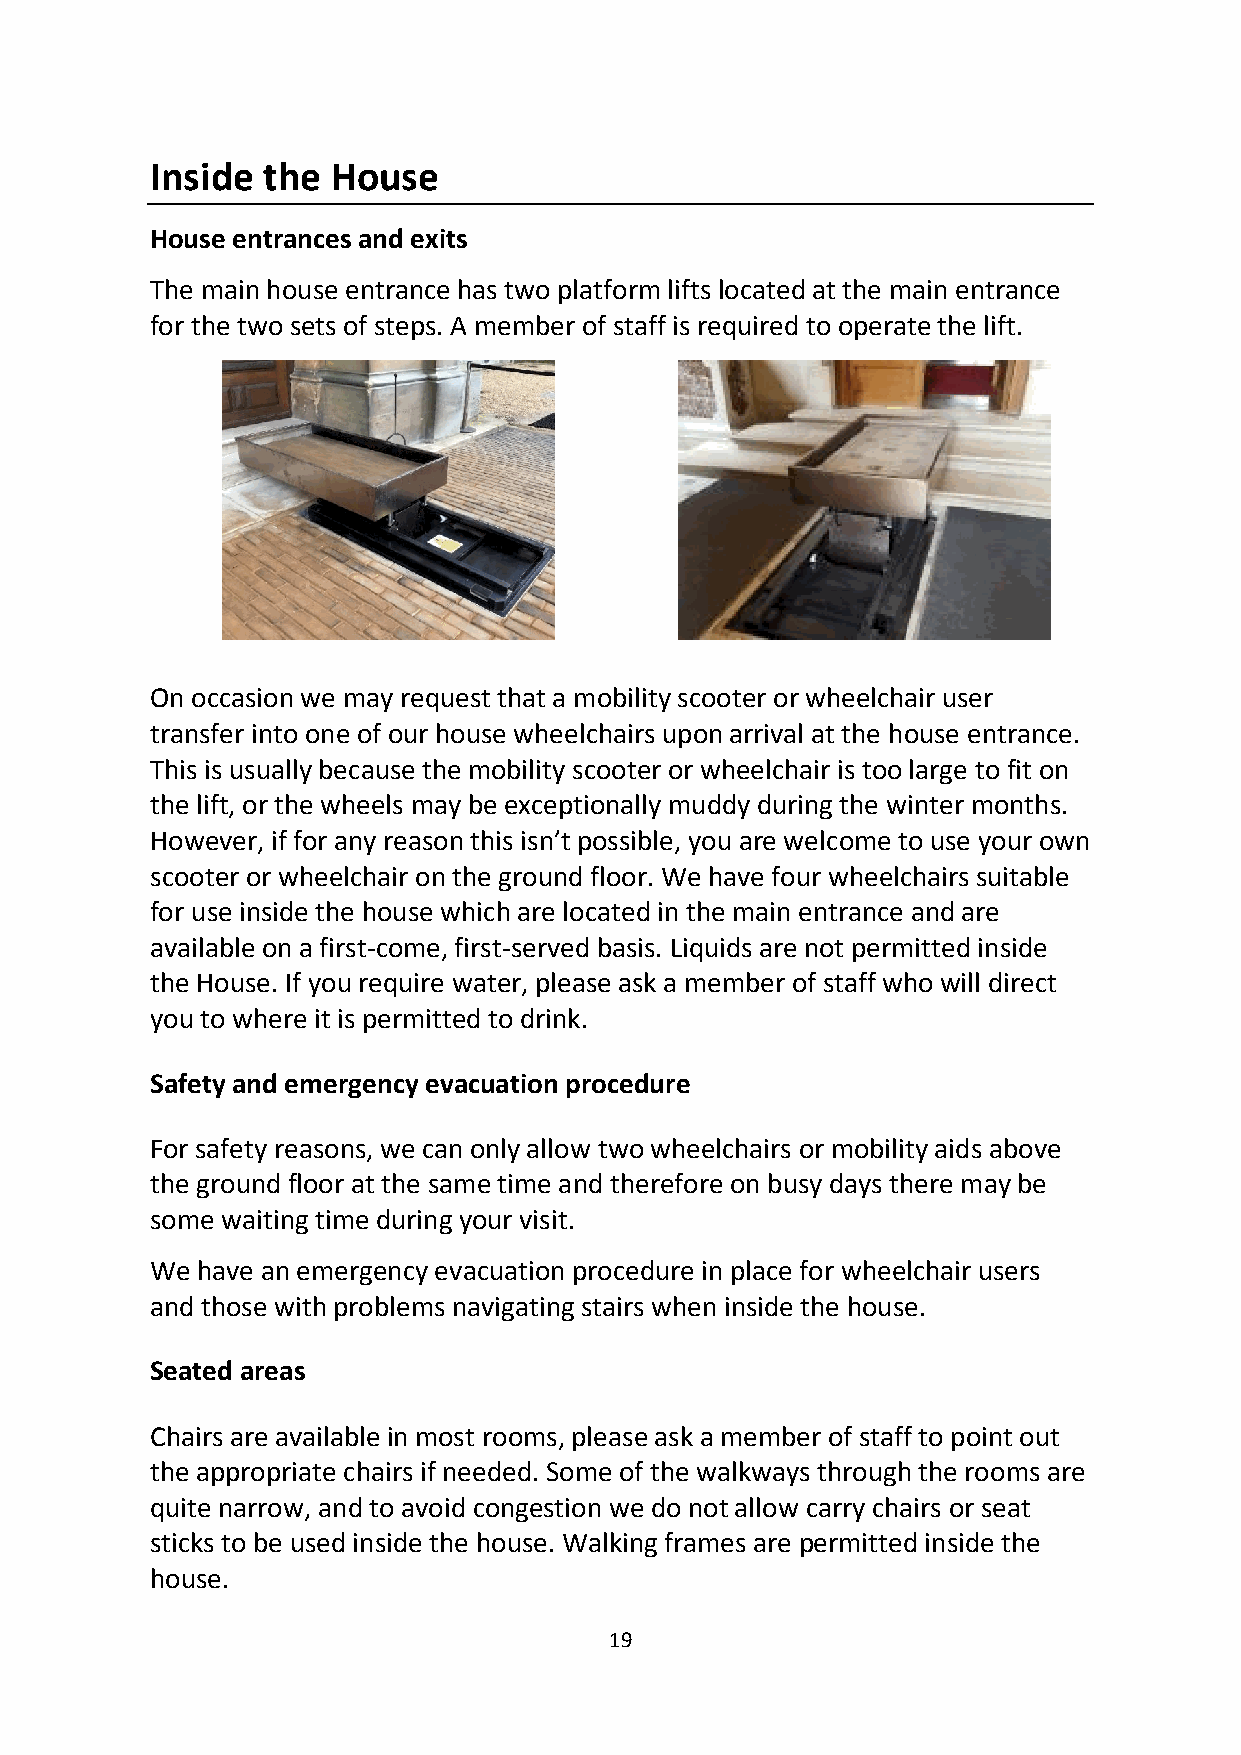
Inside the  House
 House entrances and exits
 The main house entrance has two platform lifts located at the main entrance
 for the two sets of steps. A member of staff is required to operate the lift.
 On occasion we may request that a mobility scooter or wheelchair user
 transfer into one of our house wheelchairs upon arrival at the house entrance.
 This is usually because the mobility scooter or wheelchair is too large to fit on
 the lift, or the wheels may be exceptionally muddy during the winter months.
 However, if for any reason this isn’t possible, you are welcome to use your own
 scooter or wheelchair on the ground floor. We have four wheelchairs suitable
 for use inside the house which are located in the main entrance and are
 available on a first-come, first-served basis. Liquids are not permitted inside
 the House. If you require water, please ask a member of staff who will direct
 you to where it is permitted to drink.
 Safety and emergency evacuation procedure
 For safety reasons, we can only allow two wheelchairs or mobility aids above
 the ground floor at the same time and therefore on busy days there may be
 some waiting time during your visit.
 We have an emergency evacuation procedure in place for wheelchair users
 and those with problems navigating stairs when inside the house.
 Seated areas
 Chairs are available in most rooms, please ask a member of staff to point out
 the appropriate chairs if needed. Some of the walkways through the rooms are
 quite narrow, and to avoid congestion we do not allow carry chairs or seat
 sticks to be used inside the house. Walking frames are permitted inside the
 house.
 19